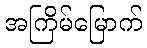
အကြိမ်မြောက်